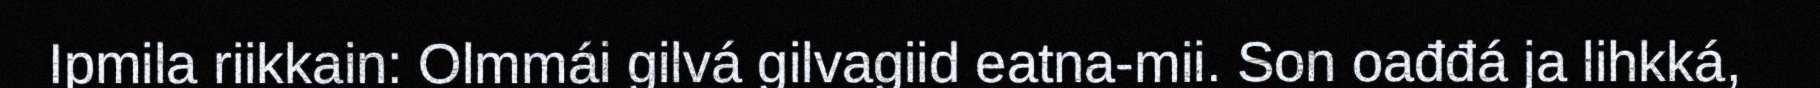
Ipmila riikkain: Olmmái gilvá gilvagiid eatna-mii. Son oađđá ja lihkká,